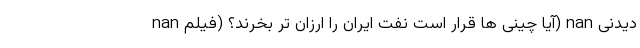
nan آیا چینی ها قرار است نفت ایران را ارزان تر بخرند؟ (فیلم) nan دیدنی